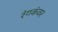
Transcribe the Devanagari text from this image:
रंगकंवर